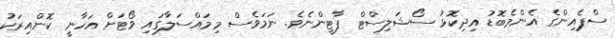
ސްޕެއިންގެ އެންމެބޮޑު އިދިކޮޅު ސޯޝަލިސްޓް ޕާޓީންނެވެ. ނަމަވެސް މިމައްސަލާގައި ވޯޓަށް އަހާނީ ކޮންއިރަކު